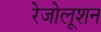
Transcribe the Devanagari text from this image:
रेजोलूशन